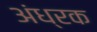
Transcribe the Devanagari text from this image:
अंध्रक